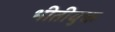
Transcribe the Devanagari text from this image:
भीतीयुक्त